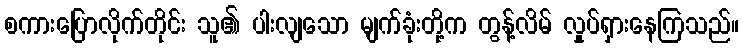
စကားပြောလိုက်တိုင်း သူ၏ ပါးလျသော မျက်ခုံးတို့က တွန့်လိမ် လှုပ်ရှားနေကြသည်။